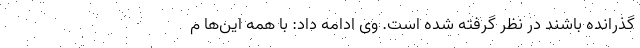
گذرانده باشند در نظر گرفته شده است. وی ادامه داد: با همه این‌ها م